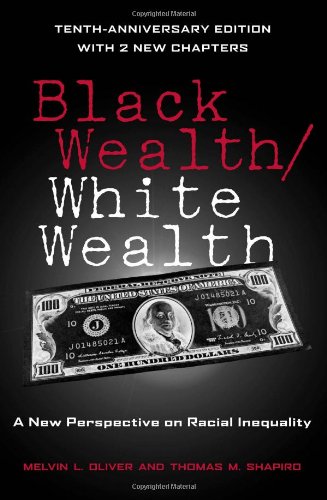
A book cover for Black Wealth / White Wealth: A New Perspective on Racial Inequality, 2nd Edition; Business & Money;